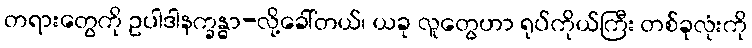
တရားတွေကို ဥပါဒါနက္ခန္ဓာ-လို့ခေါ်တယ်၊ ယခု လူတွေဟာ ရုပ်ကိုယ်ကြီး တစ်ခုလုံးကို